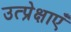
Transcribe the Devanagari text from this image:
उत्प्रेक्षाएँ